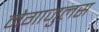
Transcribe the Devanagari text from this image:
मेगाजुलस